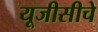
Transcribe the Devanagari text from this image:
यूजीसीचे